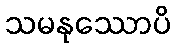
သမနုဿောပိ